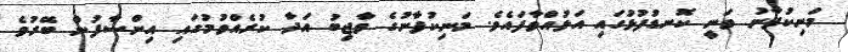
މަނިކުފާނު ވަނީ ކޮނޑުފުޅުގައި އަޅުއްވާފައެވެ. މަނިކުފާނުގެ ވާޖިބު އަދާ ކުރެއްވުމުގައި އިންސާފުން ބޭރުވެ